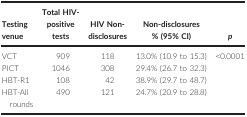
<table><thead><tr><td><b>Testing venue</b></td><td><b>Total HIV‐positive tests</b></td><td><b>HIV Non‐disclosures</b></td><td><b>Non‐disclosures % (95% CI)</b></td><td><b><i>p</i></b></td></tr></thead><tbody><tr><td>VCT</td><td>909</td><td>118</td><td>13.0% (10.9 to 15.3)</td><td rowspan="4">&lt;0.0001</td></tr><tr><td>PICT</td><td>1046</td><td>308</td><td>29.4% (26.7 to 32.3)</td></tr><tr><td>HBT‐R1</td><td>108</td><td>42</td><td>38.9% (29.7 to 48.7)</td></tr><tr><td>HBT‐All rounds</td><td>490</td><td>121</td><td>24.7% (20.9 to 28.8)</td></tr></tbody></table>